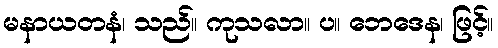
မနာယတနံ၊ သည်။ ကုသလာ။ ပ။ ဘေဒေန၊ ဖြင့်။